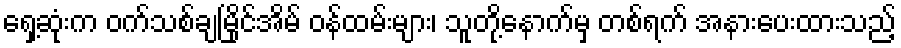
ရှေ့ဆုံးက ဝက်သစ်ချမြိုင်အိမ် ဝန်ထမ်းများ၊ သူတို့နောက်မှ တစ်ရက် အနားပေးထားသည့်